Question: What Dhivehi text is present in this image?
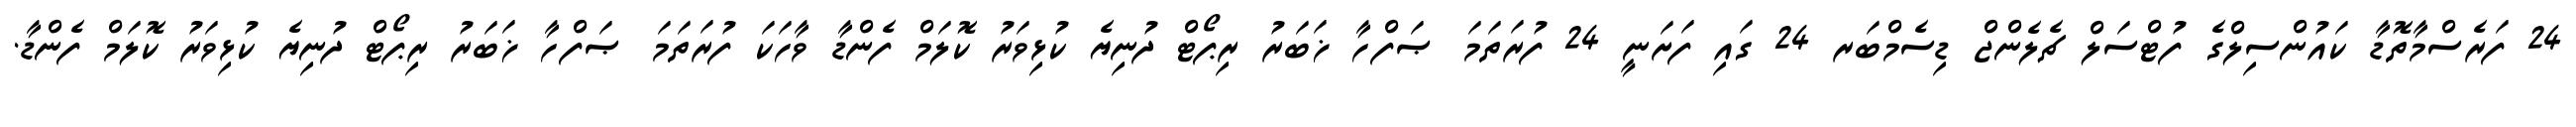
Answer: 24 ފަރެސްމާތޮޑާ ކައުންސިލްގެ ފުޓްސަލް ޗެލެންޖް ޑިސެމްބަރ 24 ގައި ފަށަނީ 24 ފުރަތަމަ ޞަފްހާ ޚަބަރު ރިޕޯޓް ދުނިޔެ ކުޅިވަރު ކޮލަމް ފެންޑާ ވާހަކަ ފުރަތަމަ ޞަފްހާ ޚަބަރު ރިޕޯޓް ދުނިޔެ ކުޅިވަރު ކޮލަމް ފެންޑާ.